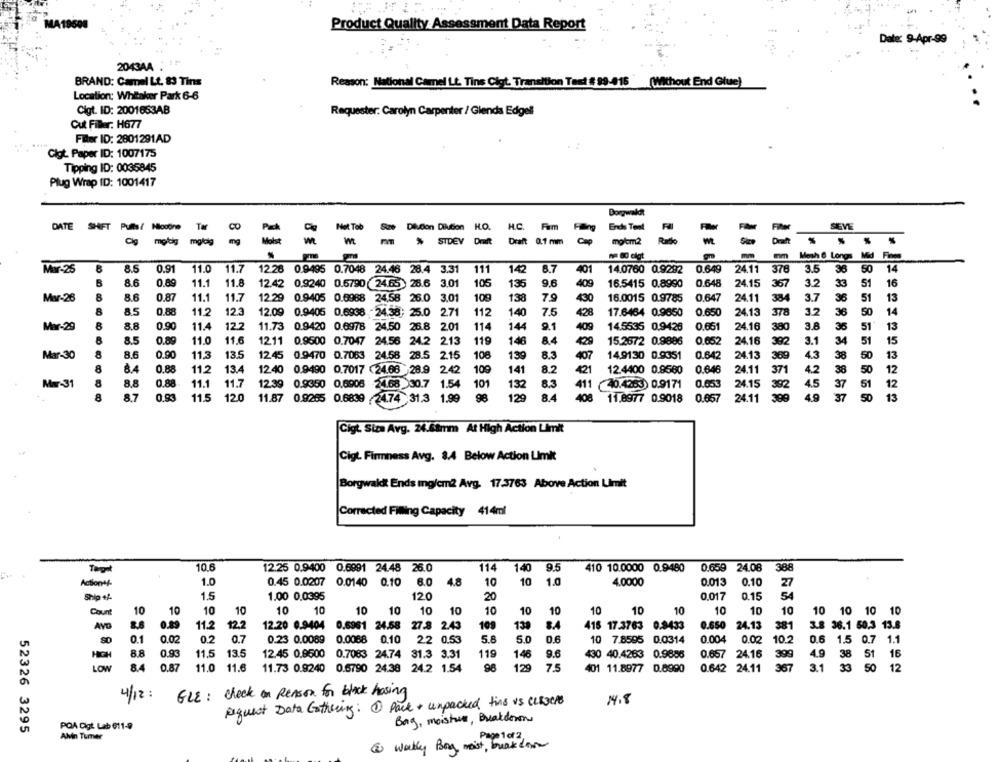
Product Quality Assessment Data Report
Date: 9-Apr-99
2043AA : !
BRAND: Camel Lt. 83 Tins
Reason: National Camel Lt. Tins Cigt. Transition Tast # 89-416 | (Without End Glue)
Location: Whitaker Park 6-6
Cigt. ID: 2001663AB
Requester: Carolyn Carpenter / Glenda Edgell
Cut Filler: H677
Filter ID: 2801291AD
Cigt Paper ID: 1007175
Tipping ID: 0035845
Plug Wrap ID: 1001417
BorgwakR
DATE S
Puits / Hlootine Ter
Hot Tob
Dilution Dilution
H.O.
H.C. Firm
Ende Tent
Fler
SEVE
Cig
molaig mgldg
mg
STDEV
Draft 0.7 mm
molom2
Rado
Daft
*
mm
Mesh 6 Longs Mid Flops
378
MY-25
8.5
0.91
11.0
11.7
12.26 0.9495 0.7048 24.46 28.4 3.31
111
142
8.7
401
14.0760 0.9292
0.649
24.11
3.5
36
50
14
8.6
0.89
11.1
11.8
12.42
3.01
105
135
9.6
409
16.5415 0.8990
0.648
24.15
367
3.2
0.9240 0.5790 24.65 ) 28.6
33
51
16
Mar-26
8.6
0.87
11.1
11.7
12.29 0.9405 0.6988 24,58 26.0 3.01
108
138
79
430
16.0015 0.9785
0.647
384
3.7
36
51
13
24.11
8.5
0.88
11.2
12.3
12.09 0.9405 0.6938 - 24.38; 25.0
271
112
140
7.5
428
17.6464 0.9850
0.650
24.13
378
3.2
36
50
14
Mar-29
8.8
0.90
11.4
12.2
11.73 0.9420 0.6978 24.50 26.8 2.01
114
144
9.1
409
14.5535 0,9426
0.65
24.16
380
3.8
35
51
13
8.5
0.89
11.0
11.6
1211 0.9500 0.7047 24.56 24.2 213
119
146
8.4
429
15.2672 0.9886
0.652
24.16
392
3.1
34
51
15
Mar-30
8.6
0.90
11,3
13.5
12.45 0.9470 0.7063 24.58 28.5 2.15
108
139
8.3
407
14.9130 0.9351
0.642
24.13
369
4.3
38
50
13
6.4
0.88
11,2
13.4
12.40 0.9490 0.7017 (24.66 28.9
242
109
141
8.2
421
12.4400 0.9560
0.64
24.11
371
4.2
38
50
12
0.88
Mar-31
8.8
11.1
11.7
12.39 0.9350 0.6905 24.68 30.7 1.54
10
132
8.3
411 40.4253 0.9171
0.653
24.15
392
4.5
37
51
24.11
300
50
13
8.7
0.93
11.5
12.0
11.87 0.9265 0.6839 /24.74 31.3 1.99
98
129
8.4
408
11.8977 0.9018
0.657
37
Cigt. Siza Avg. 24.68mm At High Action Limit
Cigt. Firmness Avg. 8.4 Below Action Limit
Borgwakit Ends mg/cm2 Avg. 17.3763 Above Action Limit
Corrected Filling Capacity 414ml
10.6
12.25 0.9400 0.6991 24.48 26.0
114
140 9.5
410 10.0000 0.9480
0.659 24.08
388
1.0
0.45 0.0207 0.0140 0.10
6.0
48
10
10
1.0
4.0000
0.013
0.10
27
1.5
20
0.15
54
1.00 0.0395
120
0.017
10
10
10
10
10
10
10
10
10
10
10
10
10
10
10
10
10
10
10
10
10 10 10
Avo
8.8
0.89
11.2 12.2
12.2
12.20 0.9404 0.6961 24.58
27.8 2.43
10
138
8.A
416 17.3763 0.8433
0.650 24.13
381
3.8 36.1 60,3 13.8
0.1
0.02
0.2
0.7
0.23 0.0069
0.0088
0.10
22 0.53
5.8
5.0
0.6
10 7.8595 0.0314
0.004
0.02
10.2
0.6 1.5 0
0.7
1.1
8,8
0.93
11.5
13.5
12.45 0.9500 0.7083 24.74 31.3 3.31
119
146
9.6
430 40.4263 0.9885
0.657 24.16
399
4.9 38
ST
18
-
LOW
84
0.87
11.0 11.6
11.73 0.9240 0.6790 24.38 24.2 1.54
98
129
7.5
401 11.8977
0.8990
0.642 24.11
367
3.1
33
50
12
GLE : check on Reason for black hosing
4/12 :
14.8
Request Data Gathering: 1 Pack + unpacked fins vs cLISCIO
PQA Digt Lab 611-9
Borg, moistur, Breakdown
52326 3295
AMn Tumer
Pap102
@ wekly Boy, moist, brak com